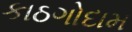
કાઠગોદામ